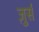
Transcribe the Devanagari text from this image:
ज़ुर्स